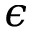
\epsilon